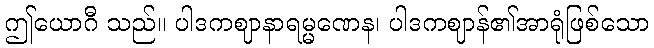
ဤယောဂီ သည်။ ပါဒကဈာနာရမ္မဏေန၊ ပါဒကဈာန်၏အာရုံဖြစ်သော